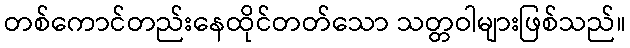
တစ်ကောင်တည်းနေထိုင်တတ်သော သတ္တဝါများဖြစ်သည်။